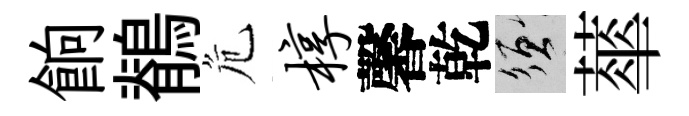
餉鶺危椁馨乾須蕐